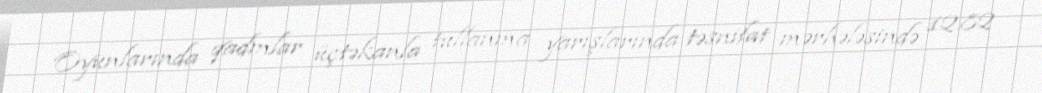
Oyunlarında qadınlar üçtəkanla tullanma yarışlarında təsnifat mərhələsində 12.82